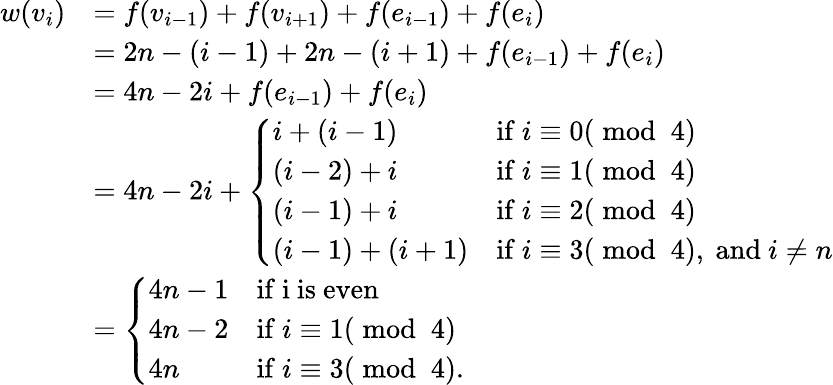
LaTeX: \begin{array}{rl}{w(v_{i})}&{=f(v_{i-1})+f(v_{i+1})+f(e_{i-1})+f(e_{i})}\\ &{=2n-(i-1)+2n-(i+1)+f(e_{i-1})+f(e_{i})}\\ &{=4n-2i+f(e_{i-1})+f(e_{i})}\\ &{=4n-2i+\left\{ \begin{array}{ll}{i+(i-1)}&{\mathrm{if~}i\equiv 0(\bmod~4)}\\ {(i-2)+i}&{\mathrm{if~}i\equiv 1(\bmod~4)}\\ {(i-1)+i}&{\mathrm{if~}i\equiv 2(\bmod~4)}\\ {(i-1)+(i+1)}&{\mathrm{if~}i\equiv 3(\bmod~4),\mathrm{~and~}i\ne n}\end{array}\right.}\\ &{=\left\{ \begin{array}{ll}{4n-1}&{\mathrm{if~i~is~even}}\\ {4n-2}&{\mathrm{if~}i\equiv 1(\bmod~4)}\\ {4n}&{\mathrm{if~}i\equiv 3(\bmod~4).}\end{array}\right.}\end{array}